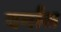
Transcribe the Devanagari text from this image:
वर्मास